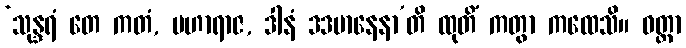
‘သုန္ဒရံ တေ ကတံ, မဟာရာဇ, ဒါနံ ဒဒမာနေနာ’တိ ထုတိံ ကတွာ ကထေသိ။ ဝတ္တာ